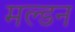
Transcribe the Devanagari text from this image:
मल्‍डन